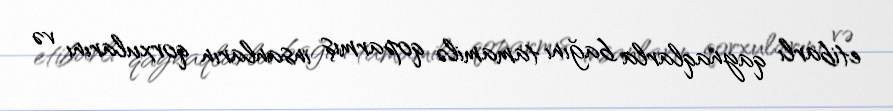
etibarlı qaynaqlarla bağını tamamilə qoparmış insanların qorxularını və